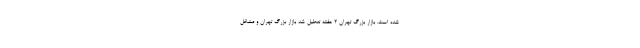
شده است. بازار بزرگ تهران ۲ هفته تعطیل شد بازار بزرگ تهران و مشاغل